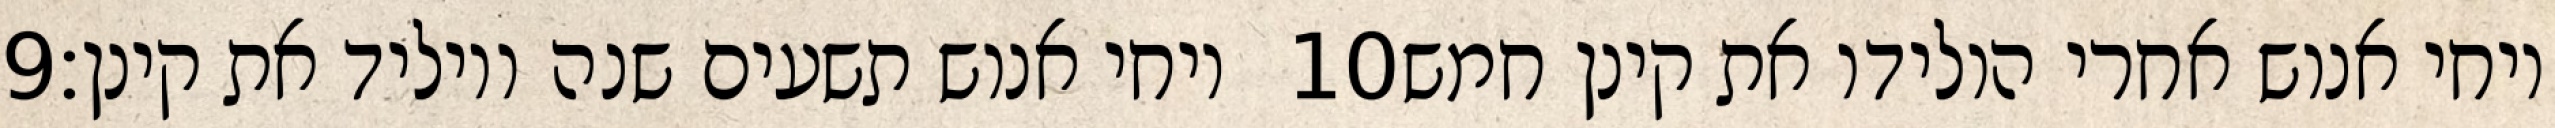
‎9‏ ויחי אנוש תשעים שנה ויוליד את קינן׃ ‎10‏ ויחי אנוש אחרי הולידו את קינן חמש